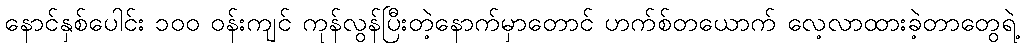
နောင်နှစ်ပေါင်း ၁၀၀ ဝန်းကျင် ကုန်လွန်ပြီးတဲ့နောက်မှာတောင် ဟက်စ်တယောက် လေ့လာထားခဲ့တာတွေရဲ့